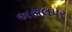
અસલપર